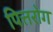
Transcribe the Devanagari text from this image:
पित्तरोग